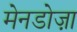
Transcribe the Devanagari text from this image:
मेनडोज़ा